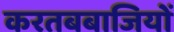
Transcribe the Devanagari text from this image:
करतबबाजियों